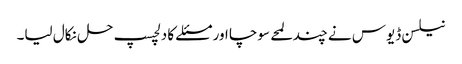
نیلسن ڈیوس نے چند لمحے سوچا اور مسئلے کا دلچسپ حل نکال لیا۔